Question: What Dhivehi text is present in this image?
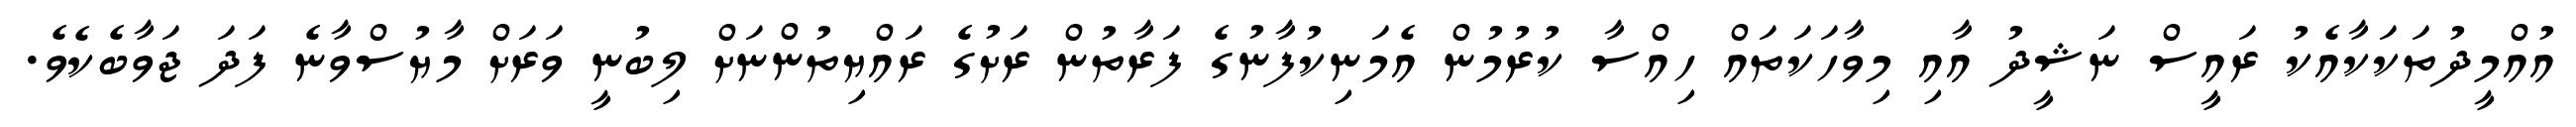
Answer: އުއްމީދުތަކަކާއެކު ރައީސް ނަޝީދު އާއި މިވާހަކަތައް ހިއްސާ ކުރުމުން އެމަނިކުފާނުގެ ފަރާތުން ރަށުގެ ރައްޔިތުންނަށް ލިބުނީ ވަރަށް މާޔުސްވާނެ ފަދަ ޖަވާބެކެވެ.